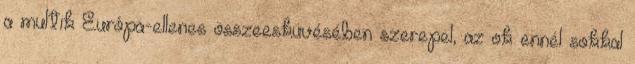
a multik Európa-ellenes összeesküvésében szerepel, az ok ennél sokkal